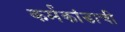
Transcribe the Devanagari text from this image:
कर्मकांडाची